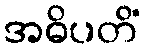
အဓိပတိံ